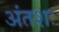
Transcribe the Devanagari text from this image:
अंतशः